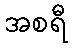
အစရီ